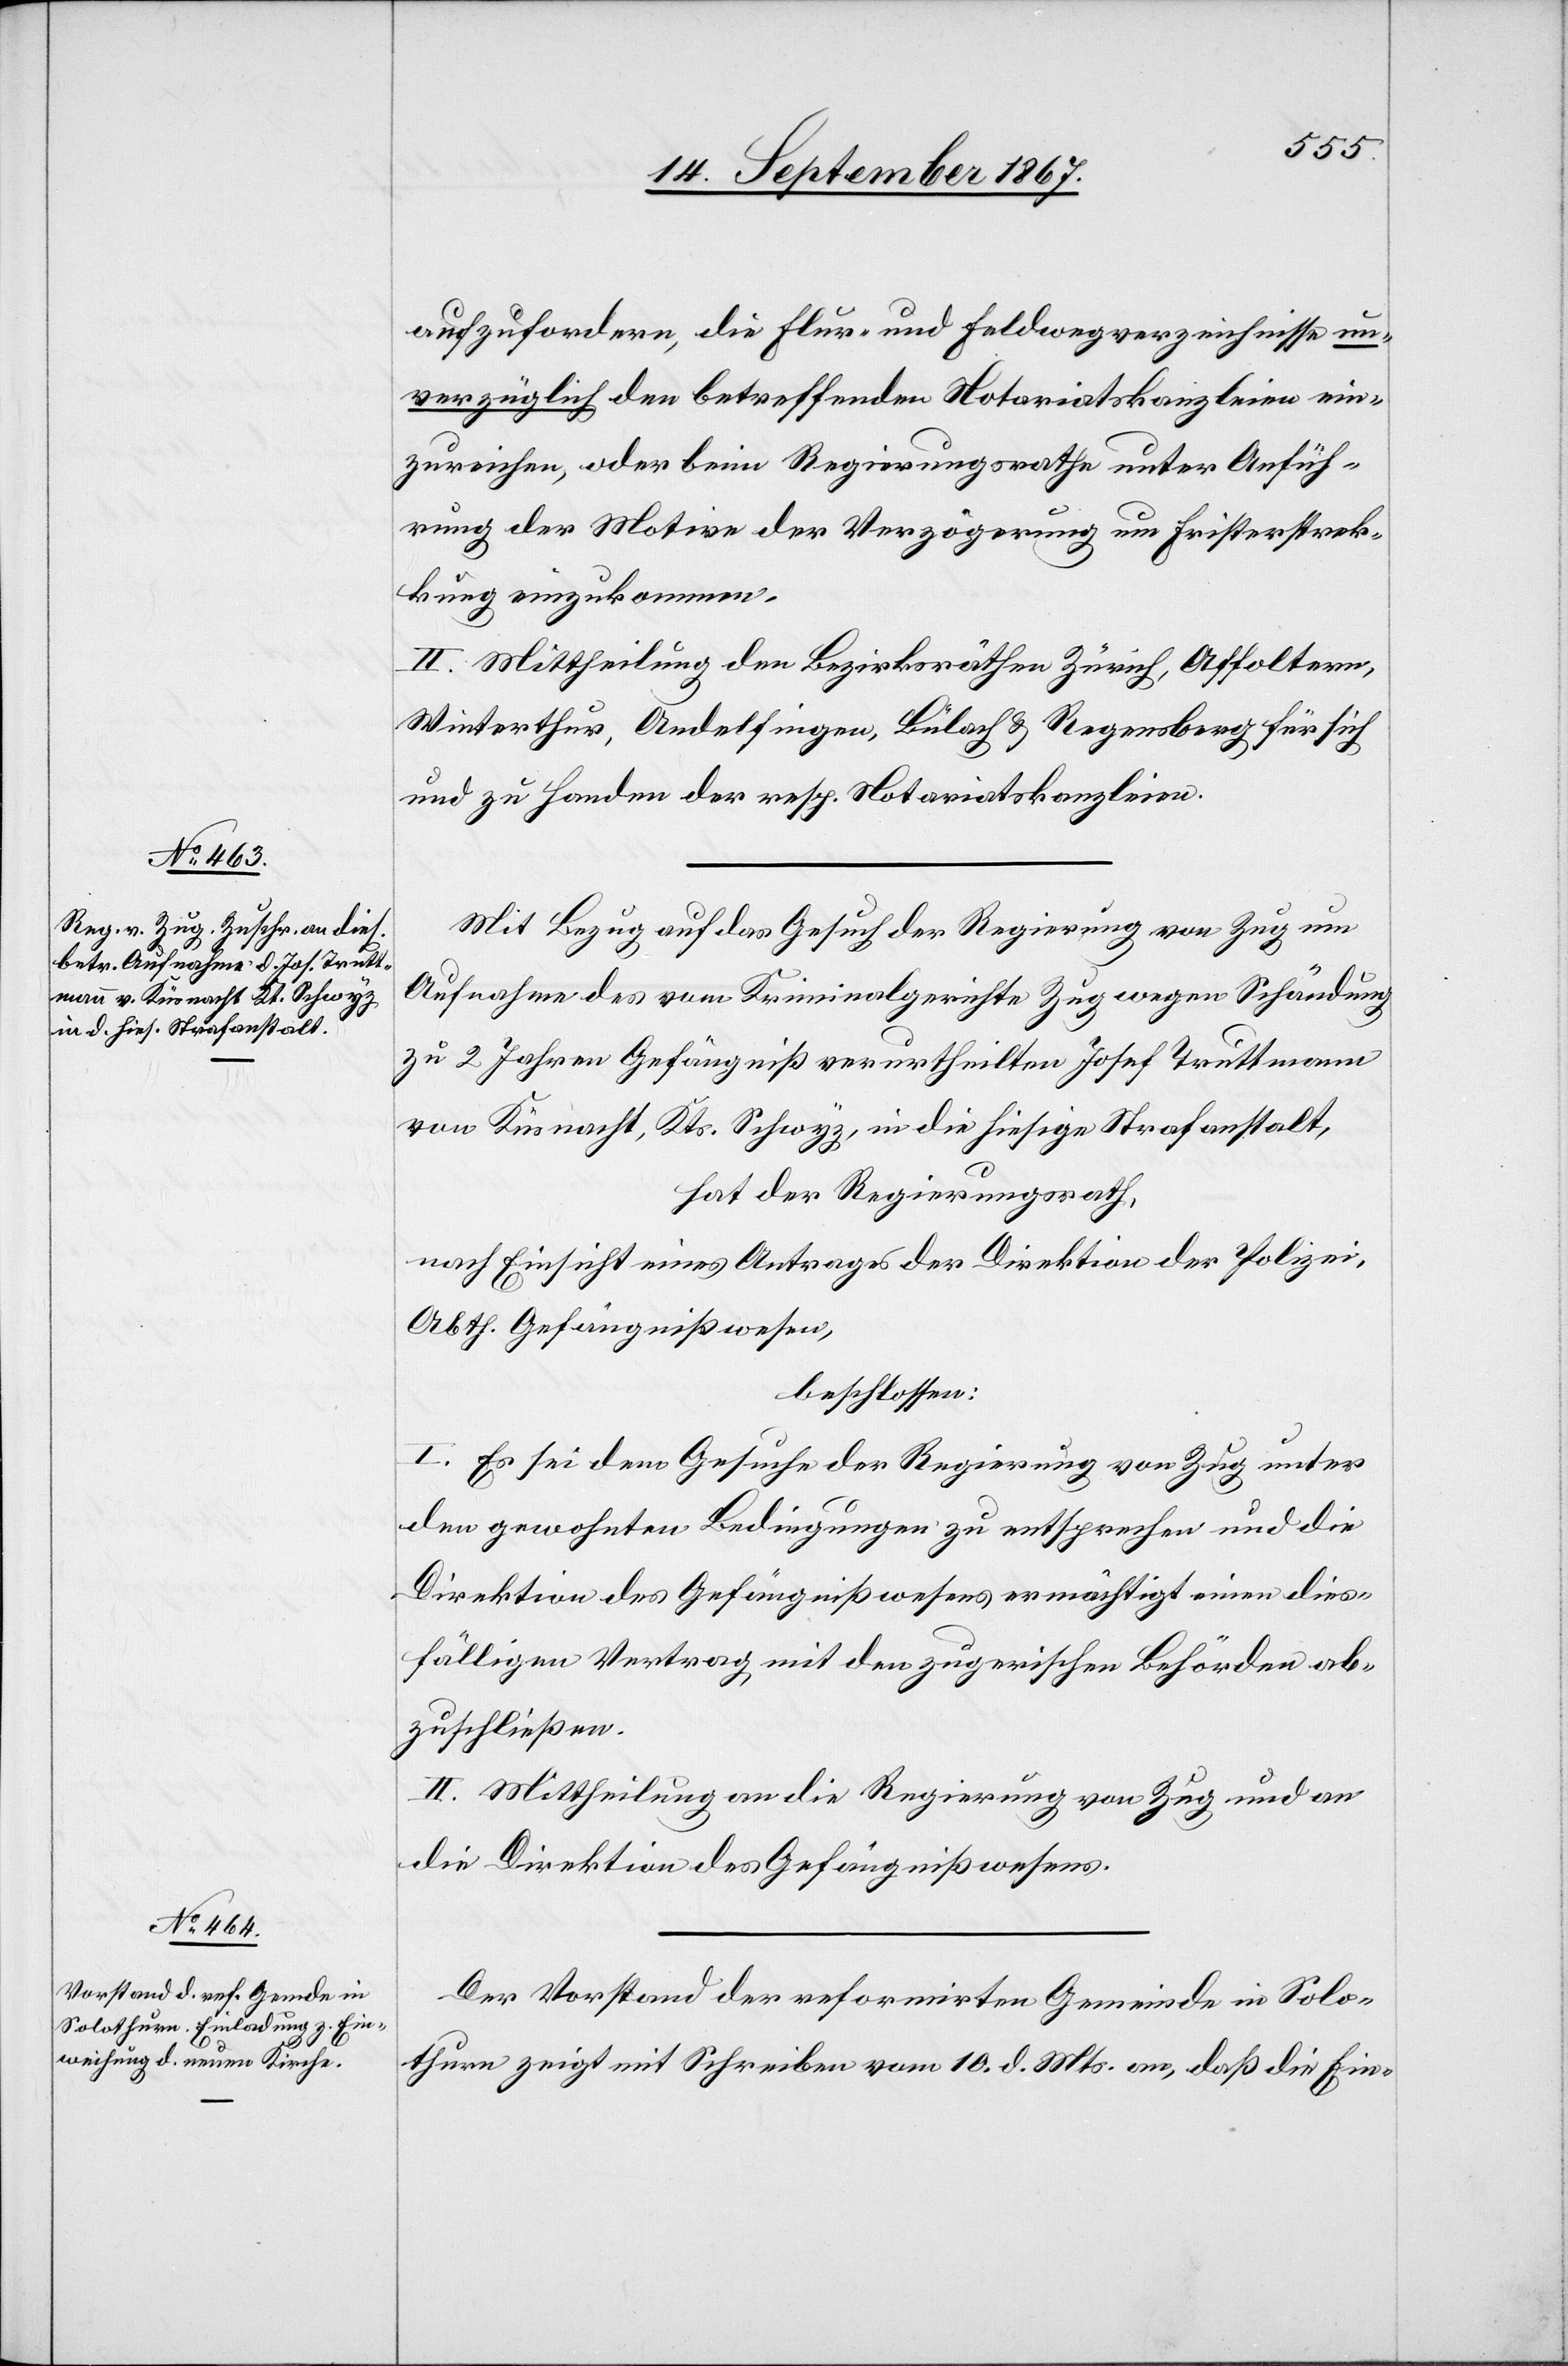
aufzufordern, die Flur- und Feldwegverzeichnisse un¬
verzüglich den betreffenden Notariatskanzleien ein¬
zureichen, oder beim Regierungsrathe unter Anfüh¬
rung der Motive der Verzögerung um Fristerstrec¬
kung einzukommen.
II. Mittheilung den Bezirksräthen Zürich, Affoltern,
Winterthur, Andelfingen, Bülach u. Regensberg für sich
und zu Handen der resp. Notariatskanzleien.
Mit Bezug auf das Gesuch der Regierung von Zug um
Aufnahme des vom Kriminalgerichte Zug wegen Schändung
zu 2 Jahren Gefängniß verurtheilten Josef Truttmann
von Küsnacht, Kts. Schwyz, in die hiesige Strafanstalt,
hat der Regierungsrath,
nach Einsicht eines Antrages der Direktion der Polizei,
Abth. Gefängnißwesen,
beschlossen:
I. Es sei dem Gesuche der Regierung von Zug unter
den gewohnten Bedingungen zu entsprechen und die
Direktion des Gefängnißwesens ermächtigt, einen dies¬
fälligen Vertrag mit den zugerischen Behörden ab¬
zuschließen.
II. Mittheilung an die Regierung von Zug und an
die Direktion des Gefängnißwesens.
Der Vorstand der reformirten Gemeinde in Solo¬
thurn zeigt mit Schreiben vom 10. d. Mts. an, daß die Ein-